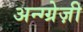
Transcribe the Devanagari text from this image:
अन्ग्ग्रेज़ी